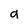
Character: a